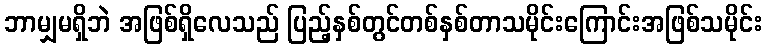
ဘာမျှမရှိဘဲ အဖြစ်ရှိလေသည် ပြည့်နှစ်တွင်တစ်နှစ်တာသမိုင်းကြောင်းအဖြစ်သမိုင်း